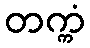
တက္ကံ